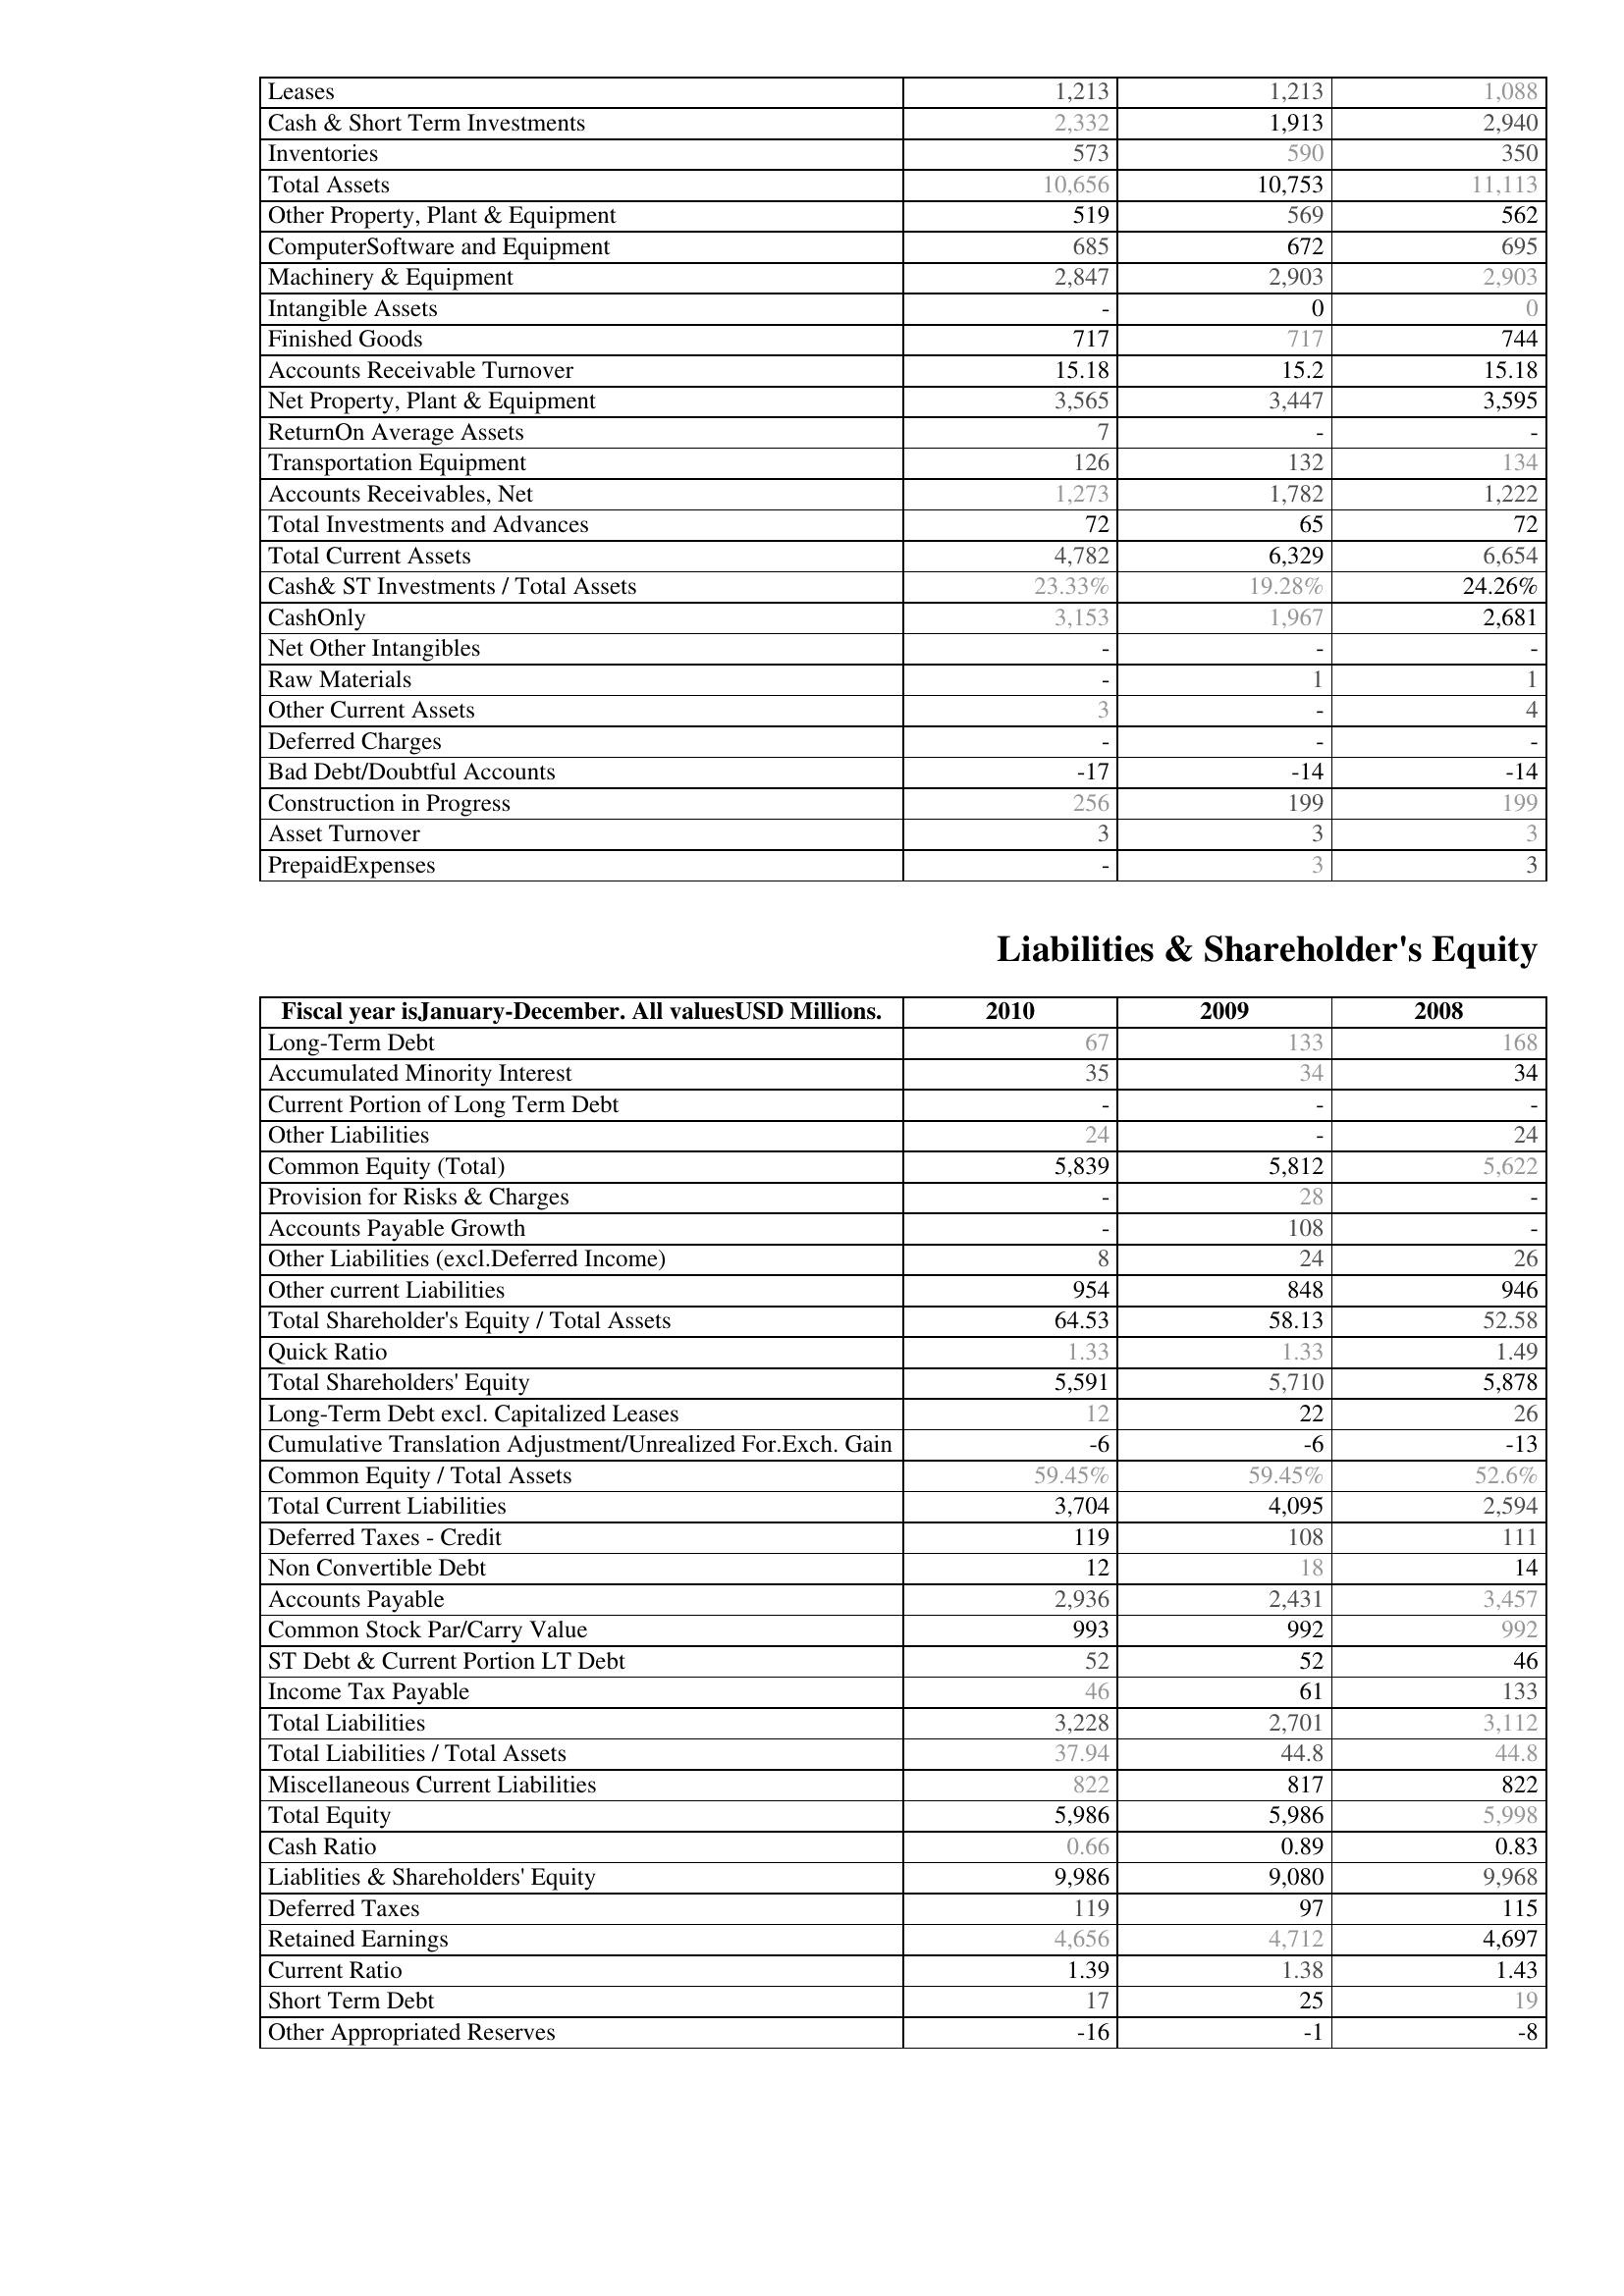
2010: Assets: Leases: 1,213
Cash & Short Term Investments: 2,332
Inventories: 573
Total Assets: 10,656
Other Property, Plant & Equipment: 519
ComputerSoftware and Equipment: 685
Machinery & Equipment: 2,847
Intangible Assets: -
Finished Goods: 717
Accounts Receivable Turnover: 15.18
Net Property, Plant & Equipment: 3,565
ReturnOn Average Assets: 7
Transportation Equipment: 126
Accounts Receivables, Net: 1,273
Total Investments and Advances: 72
Total Current Assets: 4,782
Cash& ST Investments / Total Assets: 23.33%
CashOnly: 3,153
Net Other Intangibles: -
Raw Materials: -
Other Current Assets: 3
Deferred Charges: -
Bad Debt/Doubtful Accounts: -17
Construction in Progress: 256
Asset Turnover: 3
PrepaidExpenses: -
Liabilities & Shareholder's Equity: Long-Term Debt: 67
Accumulated Minority Interest: 35
Current Portion of Long Term Debt: -
Other Liabilities: 24
Common Equity (Total): 5,839
Provision for Risks & Charges: -
Accounts Payable Growth: -
Other Liabilities (excl.Deferred Income): 8
Other current Liabilities: 954
Total Shareholder's Equity / Total Assets: 64.53
Quick Ratio: 1.33
Total Shareholders' Equity: 5,591
Long-Term Debt excl. Capitalized Leases: 12
Cumulative Translation Adjustment/Unrealized For.Exch. Gain: -6
Common Equity / Total Assets: 59.45%
Total Current Liabilities: 3,704
Deferred Taxes - Credit: 119
Non Convertible Debt: 12
Accounts Payable: 2,936
Common Stock Par/Carry Value: 993
ST Debt & Current Portion LT Debt: 52
Income Tax Payable: 46
Total Liabilities: 3,228
Total Liabilities / Total Assets: 37.94
Miscellaneous Current Liabilities: 822
Total Equity: 5,986
Cash Ratio: 0.66
Liablities & Shareholders' Equity: 9,986
Deferred Taxes: 119
Retained Earnings: 4,656
Current Ratio: 1.39
Short Term Debt: 17
Other Appropriated Reserves: -16
2009: Assets: Leases: 1,213
Cash & Short Term Investments: 1,913
Inventories: 590
Total Assets: 10,753
Other Property, Plant & Equipment: 569
ComputerSoftware and Equipment: 672
Machinery & Equipment: 2,903
Intangible Assets: 0
Finished Goods: 717
Accounts Receivable Turnover: 15.2
Net Property, Plant & Equipment: 3,447
ReturnOn Average Assets: -
Transportation Equipment: 132
Accounts Receivables, Net: 1,782
Total Investments and Advances: 65
Total Current Assets: 6,329
Cash& ST Investments / Total Assets: 19.28%
CashOnly: 1,967
Net Other Intangibles: -
Raw Materials: 1
Other Current Assets: -
Deferred Charges: -
Bad Debt/Doubtful Accounts: -14
Construction in Progress: 199
Asset Turnover: 3
PrepaidExpenses: 3
Liabilities & Shareholder's Equity: Long-Term Debt: 133
Accumulated Minority Interest: 34
Current Portion of Long Term Debt: -
Other Liabilities: -
Common Equity (Total): 5,812
Provision for Risks & Charges: 28
Accounts Payable Growth: 108
Other Liabilities (excl.Deferred Income): 24
Other current Liabilities: 848
Total Shareholder's Equity / Total Assets: 58.13
Quick Ratio: 1.33
Total Shareholders' Equity: 5,710
Long-Term Debt excl. Capitalized Leases: 22
Cumulative Translation Adjustment/Unrealized For.Exch. Gain: -6
Common Equity / Total Assets: 59.45%
Total Current Liabilities: 4,095
Deferred Taxes - Credit: 108
Non Convertible Debt: 18
Accounts Payable: 2,431
Common Stock Par/Carry Value: 992
ST Debt & Current Portion LT Debt: 52
Income Tax Payable: 61
Total Liabilities: 2,701
Total Liabilities / Total Assets: 44.8
Miscellaneous Current Liabilities: 817
Total Equity: 5,986
Cash Ratio: 0.89
Liablities & Shareholders' Equity: 9,080
Deferred Taxes: 97
Retained Earnings: 4,712
Current Ratio: 1.38
Short Term Debt: 25
Other Appropriated Reserves: -1
2008: Assets: Leases: 1,088
Cash & Short Term Investments: 2,940
Inventories: 350
Total Assets: 11,113
Other Property, Plant & Equipment: 562
ComputerSoftware and Equipment: 695
Machinery & Equipment: 2,903
Intangible Assets: 0
Finished Goods: 744
Accounts Receivable Turnover: 15.18
Net Property, Plant & Equipment: 3,595
ReturnOn Average Assets: -
Transportation Equipment: 134
Accounts Receivables, Net: 1,222
Total Investments and Advances: 72
Total Current Assets: 6,654
Cash& ST Investments / Total Assets: 24.26%
CashOnly: 2,681
Net Other Intangibles: -
Raw Materials: 1
Other Current Assets: 4
Deferred Charges: -
Bad Debt/Doubtful Accounts: -14
Construction in Progress: 199
Asset Turnover: 3
PrepaidExpenses: 3
Liabilities & Shareholder's Equity: Long-Term Debt: 168
Accumulated Minority Interest: 34
Current Portion of Long Term Debt: -
Other Liabilities: 24
Common Equity (Total): 5,622
Provision for Risks & Charges: -
Accounts Payable Growth: -
Other Liabilities (excl.Deferred Income): 26
Other current Liabilities: 946
Total Shareholder's Equity / Total Assets: 52.58
Quick Ratio: 1.49
Total Shareholders' Equity: 5,878
Long-Term Debt excl. Capitalized Leases: 26
Cumulative Translation Adjustment/Unrealized For.Exch. Gain: -13
Common Equity / Total Assets: 52.6%
Total Current Liabilities: 2,594
Deferred Taxes - Credit: 111
Non Convertible Debt: 14
Accounts Payable: 3,457
Common Stock Par/Carry Value: 992
ST Debt & Current Portion LT Debt: 46
Income Tax Payable: 133
Total Liabilities: 3,112
Total Liabilities / Total Assets: 44.8
Miscellaneous Current Liabilities: 822
Total Equity: 5,998
Cash Ratio: 0.83
Liablities & Shareholders' Equity: 9,968
Deferred Taxes: 115
Retained Earnings: 4,697
Current Ratio: 1.43
Short Term Debt: 19
Other Appropriated Reserves: -8